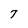
Character: 7